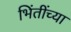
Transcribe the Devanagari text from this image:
भिंतींच्या